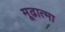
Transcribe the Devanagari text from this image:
मूढात्मा